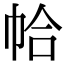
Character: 帢